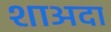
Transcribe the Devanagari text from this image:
शाअदा